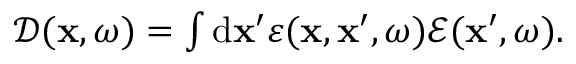
\begin{array} { r } { \boldsymbol { \mathcal { D } } ( \mathbf { x } , \omega ) = \int \mathrm { d } \mathbf { x } ^ { \prime } \varepsilon ( \mathbf { x } , \mathbf { x } ^ { \prime } , \omega ) \boldsymbol { \mathcal { E } } ( \mathbf { x } ^ { \prime } , \omega ) . } \end{array}